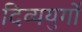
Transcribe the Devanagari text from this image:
दिव्ययुगों